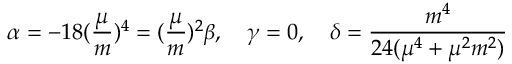
\alpha = - 1 8 ( \frac { \mu } { m } ) ^ { 4 } = ( \frac { \mu } { m } ) ^ { 2 } \beta , \quad \gamma = 0 , \quad \delta = \frac { m ^ { 4 } } { 2 4 ( \mu ^ { 4 } + \mu ^ { 2 } m ^ { 2 } ) }